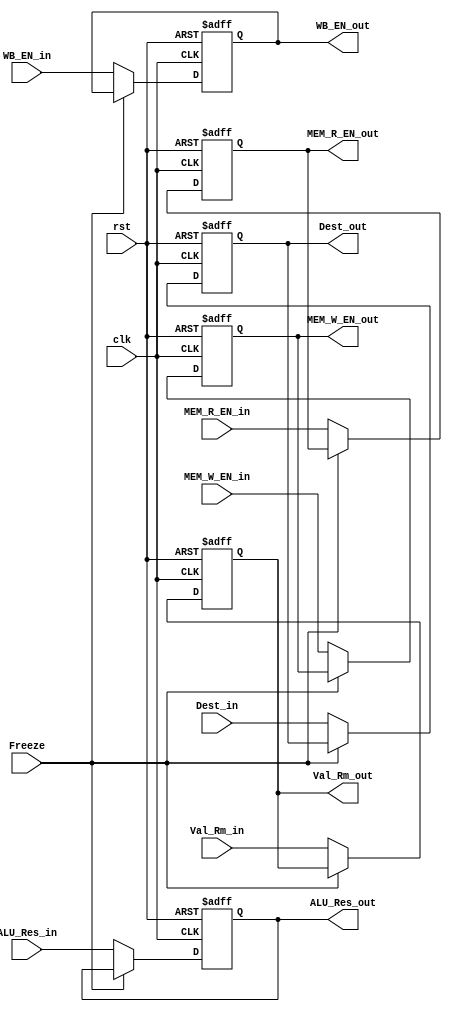
module EXE_Stage_Reg
(
    input                             clk,
    input                             rst,
    input                             Freeze,
    input                             MEM_R_EN_in,
    input                             MEM_W_EN_in,
    input                             WB_EN_in,
    input      [3:0]                  Dest_in,
    input      [31:0]                 Val_Rm_in,
    input      [31:0]                 ALU_Res_in,

    output reg                        MEM_R_EN_out,
    output reg                        MEM_W_EN_out,
    output reg                        WB_EN_out,
    output reg [3:0]                  Dest_out,
    output reg [31:0]                 ALU_Res_out,
    output reg [31:0]                 Val_Rm_out
);

    always @(posedge clk, posedge rst) begin
        if(rst) begin
            MEM_R_EN_out <= 0;
            MEM_W_EN_out <= 0;
            Dest_out <= 0;
            WB_EN_out <= 0;
            ALU_Res_out <= 0;
            Val_Rm_out <= 0;
        end
        else if(Freeze) begin
            MEM_R_EN_out <= MEM_R_EN_out;
            MEM_W_EN_out <= MEM_W_EN_out;
            Dest_out <= Dest_out;
            WB_EN_out <= WB_EN_out;
            ALU_Res_out <= ALU_Res_out;
            Val_Rm_out <= Val_Rm_out;
        end
        else begin
            MEM_R_EN_out <= MEM_R_EN_in;
            MEM_W_EN_out <= MEM_W_EN_in;
            Dest_out <= Dest_in;
            WB_EN_out <= WB_EN_in;
            ALU_Res_out <= ALU_Res_in;
            Val_Rm_out <= Val_Rm_in;
        end
    end

endmodule